Vaccination in Bombay 1856-1862 - 1856-1862
Year: 1856
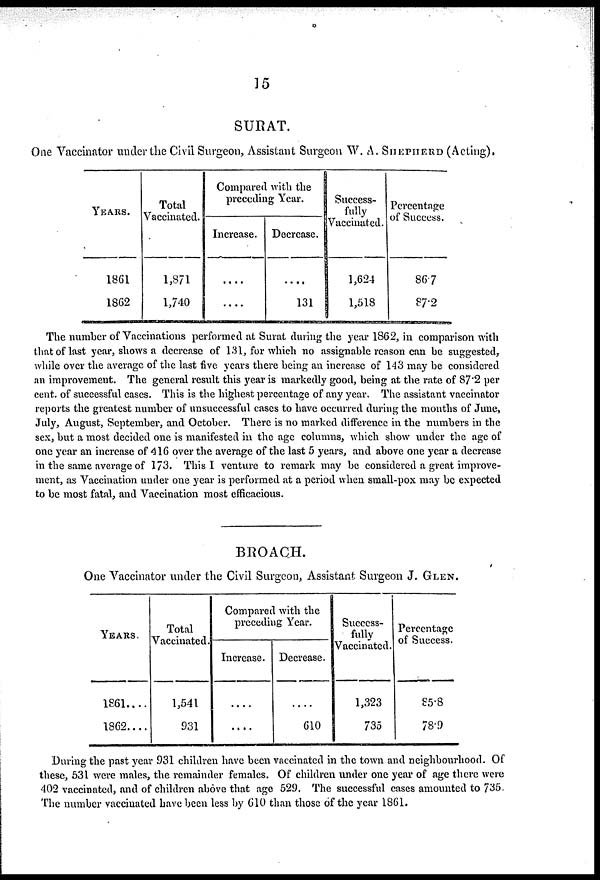
15
SURAT.
One Vaccinator under the Civil Surgeon, Assistant Surgeon W. A. SHEPHERD (Acting).
YEARS.
1861
1862
Total
Vaccinated.
1,871
1,740
Compared with the
preceding Year.
Increase.
....
....
Decrease.
....
131
Success¬
fully
Vaccinated.
1,624
1,518
Percentage
of Success.
86.7
87.2
The number of Vaccinations performed at Surat during the year 1862, in comparison with
that of last year, shows a decrease of 131, for which no assignable reason can be suggested,
while over the average of the last five years there being an increase of 143 may be considered
an improvement. The general result this year is markedly good, being at the rate of 87.2 per
cent. of successful cases. This is the highest percentage of any year. The assistant vaccinator
reports the greatest number of unsuccessful cases to have occurred during the months of June,
July, August, September, and October. There is no marked difference in the numbers in the
sex, but a most decided one is manifested in the age columns, which show under the age of
one year an increase of 416 over the average of the last 5 years, and above one year a decrease
in the same average of 173. This I venture to remark may be considered a great improve-
ment, as Vaccination under one year is performed at a period when small-pox may be expected
to be most fatal, and Vaccination most efficacious.
BROACH.
One Vaccinator under the Civil Surgeon, Assistant Surgeon J. GLEN.
YEARS.
1861....
1862....
Total
Vaccinated.
1,541
931
Compared with the
preceding Year.
Increase.
....
....
Decrease.
....
610
Success-
fully
Vaccinated.
1,323
735
Percentage
of Success.
85.8
78.9
During the past year 931 children have been vaccinated in the town and neighbourhood. Of
these, 531 were males, the remainder females. Of children under one year of age there were
402 vaccinated, and of children above that age 529. The successful cases amounted to 735.
The number vaccinated have been less by 610 than those of the year 1861.